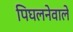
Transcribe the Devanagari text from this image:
पिघलनेवाले